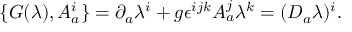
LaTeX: \{ G ( \lambda ) , A _ { a } ^ { i } \} = \partial _ { a } \lambda ^ { i } + g \epsilon ^ { i j k } A _ { a } ^ { j } \lambda ^ { k } = ( D _ { a } \lambda ) ^ { i } .